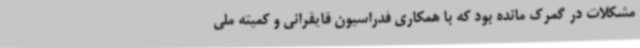
مشکلات در گمرک مانده بود که با همکاری فدراسیون قایقرانی و کمیته ملی